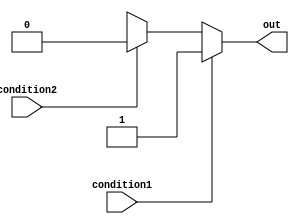
module if_else_ladder (
  input wire condition1,
  input wire condition2,
  output reg out
);

always @(condition1 or condition2) begin
  if (condition1) begin
    out <= 1'b1;
  end
  else if (condition2) begin
    out <= 1'b0;
  end
  else begin
    out <= 1'bX; // handle cases where none of the previous conditions are met
  end
end

endmodule